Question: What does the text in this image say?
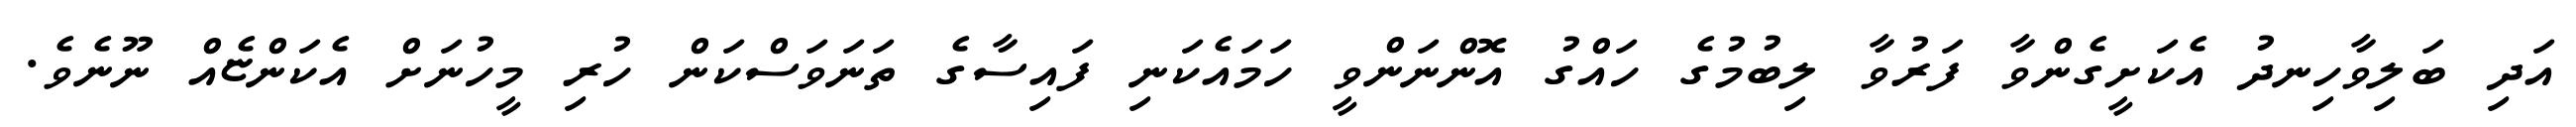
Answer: އަދި ބަލިވާހިނދު އެކަށީގެންވާ ފަރުވާ ލިބުމުގެ ހައްގު އޮންނަންވީ ހަމައެކަނި ފައިސާގެ ތަނަވަސްކަން ހުރި މީހުނަށް އެކަންޏެއް ނޫނެވެ.